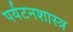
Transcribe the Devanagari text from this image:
पर्यटनशास्त्र